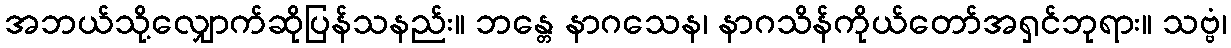
အဘယ်သို့လျှောက်ဆိုပြန်သနည်း။ ဘန္တေ နာဂသေန၊ နာဂသိန်ကိုယ်တော်အရှင်ဘုရား။ သဗ္ဗံ၊